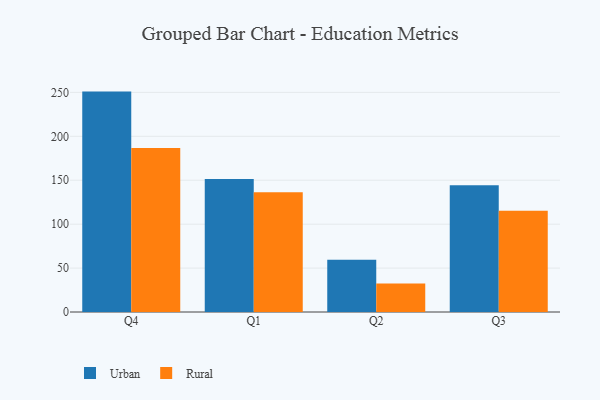
{"axis": {"x": "Quarter", "y": "Temperature (°C)"}, "legend": ["Rural", "Urban"], "data": [{"x": "Q4", "y": 250.9, "type": "Urban"}, {"x": "Q4", "y": 186.7, "type": "Rural"}, {"x": "Q1", "y": 151.4, "type": "Urban"}, {"x": "Q1", "y": 136.4, "type": "Rural"}, {"x": "Q2", "y": 59.5, "type": "Urban"}, {"x": "Q2", "y": 32.5, "type": "Rural"}, {"x": "Q3", "y": 144.4, "type": "Urban"}, {"x": "Q3", "y": 115.3, "type": "Rural"}]}